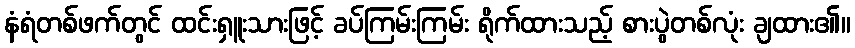
နံရံတစ်ဖက်တွင် ထင်းရှူးသားဖြင့် ခပ်ကြမ်းကြမ်း ရိုက်ထားသည့် စားပွဲတစ်လုံး ချထား၏။